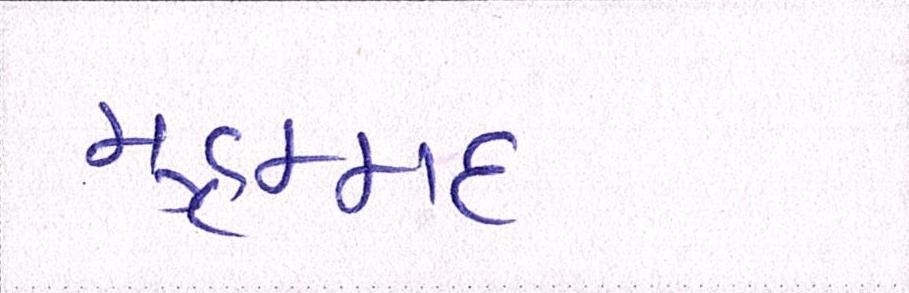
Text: મુહમ્મદ